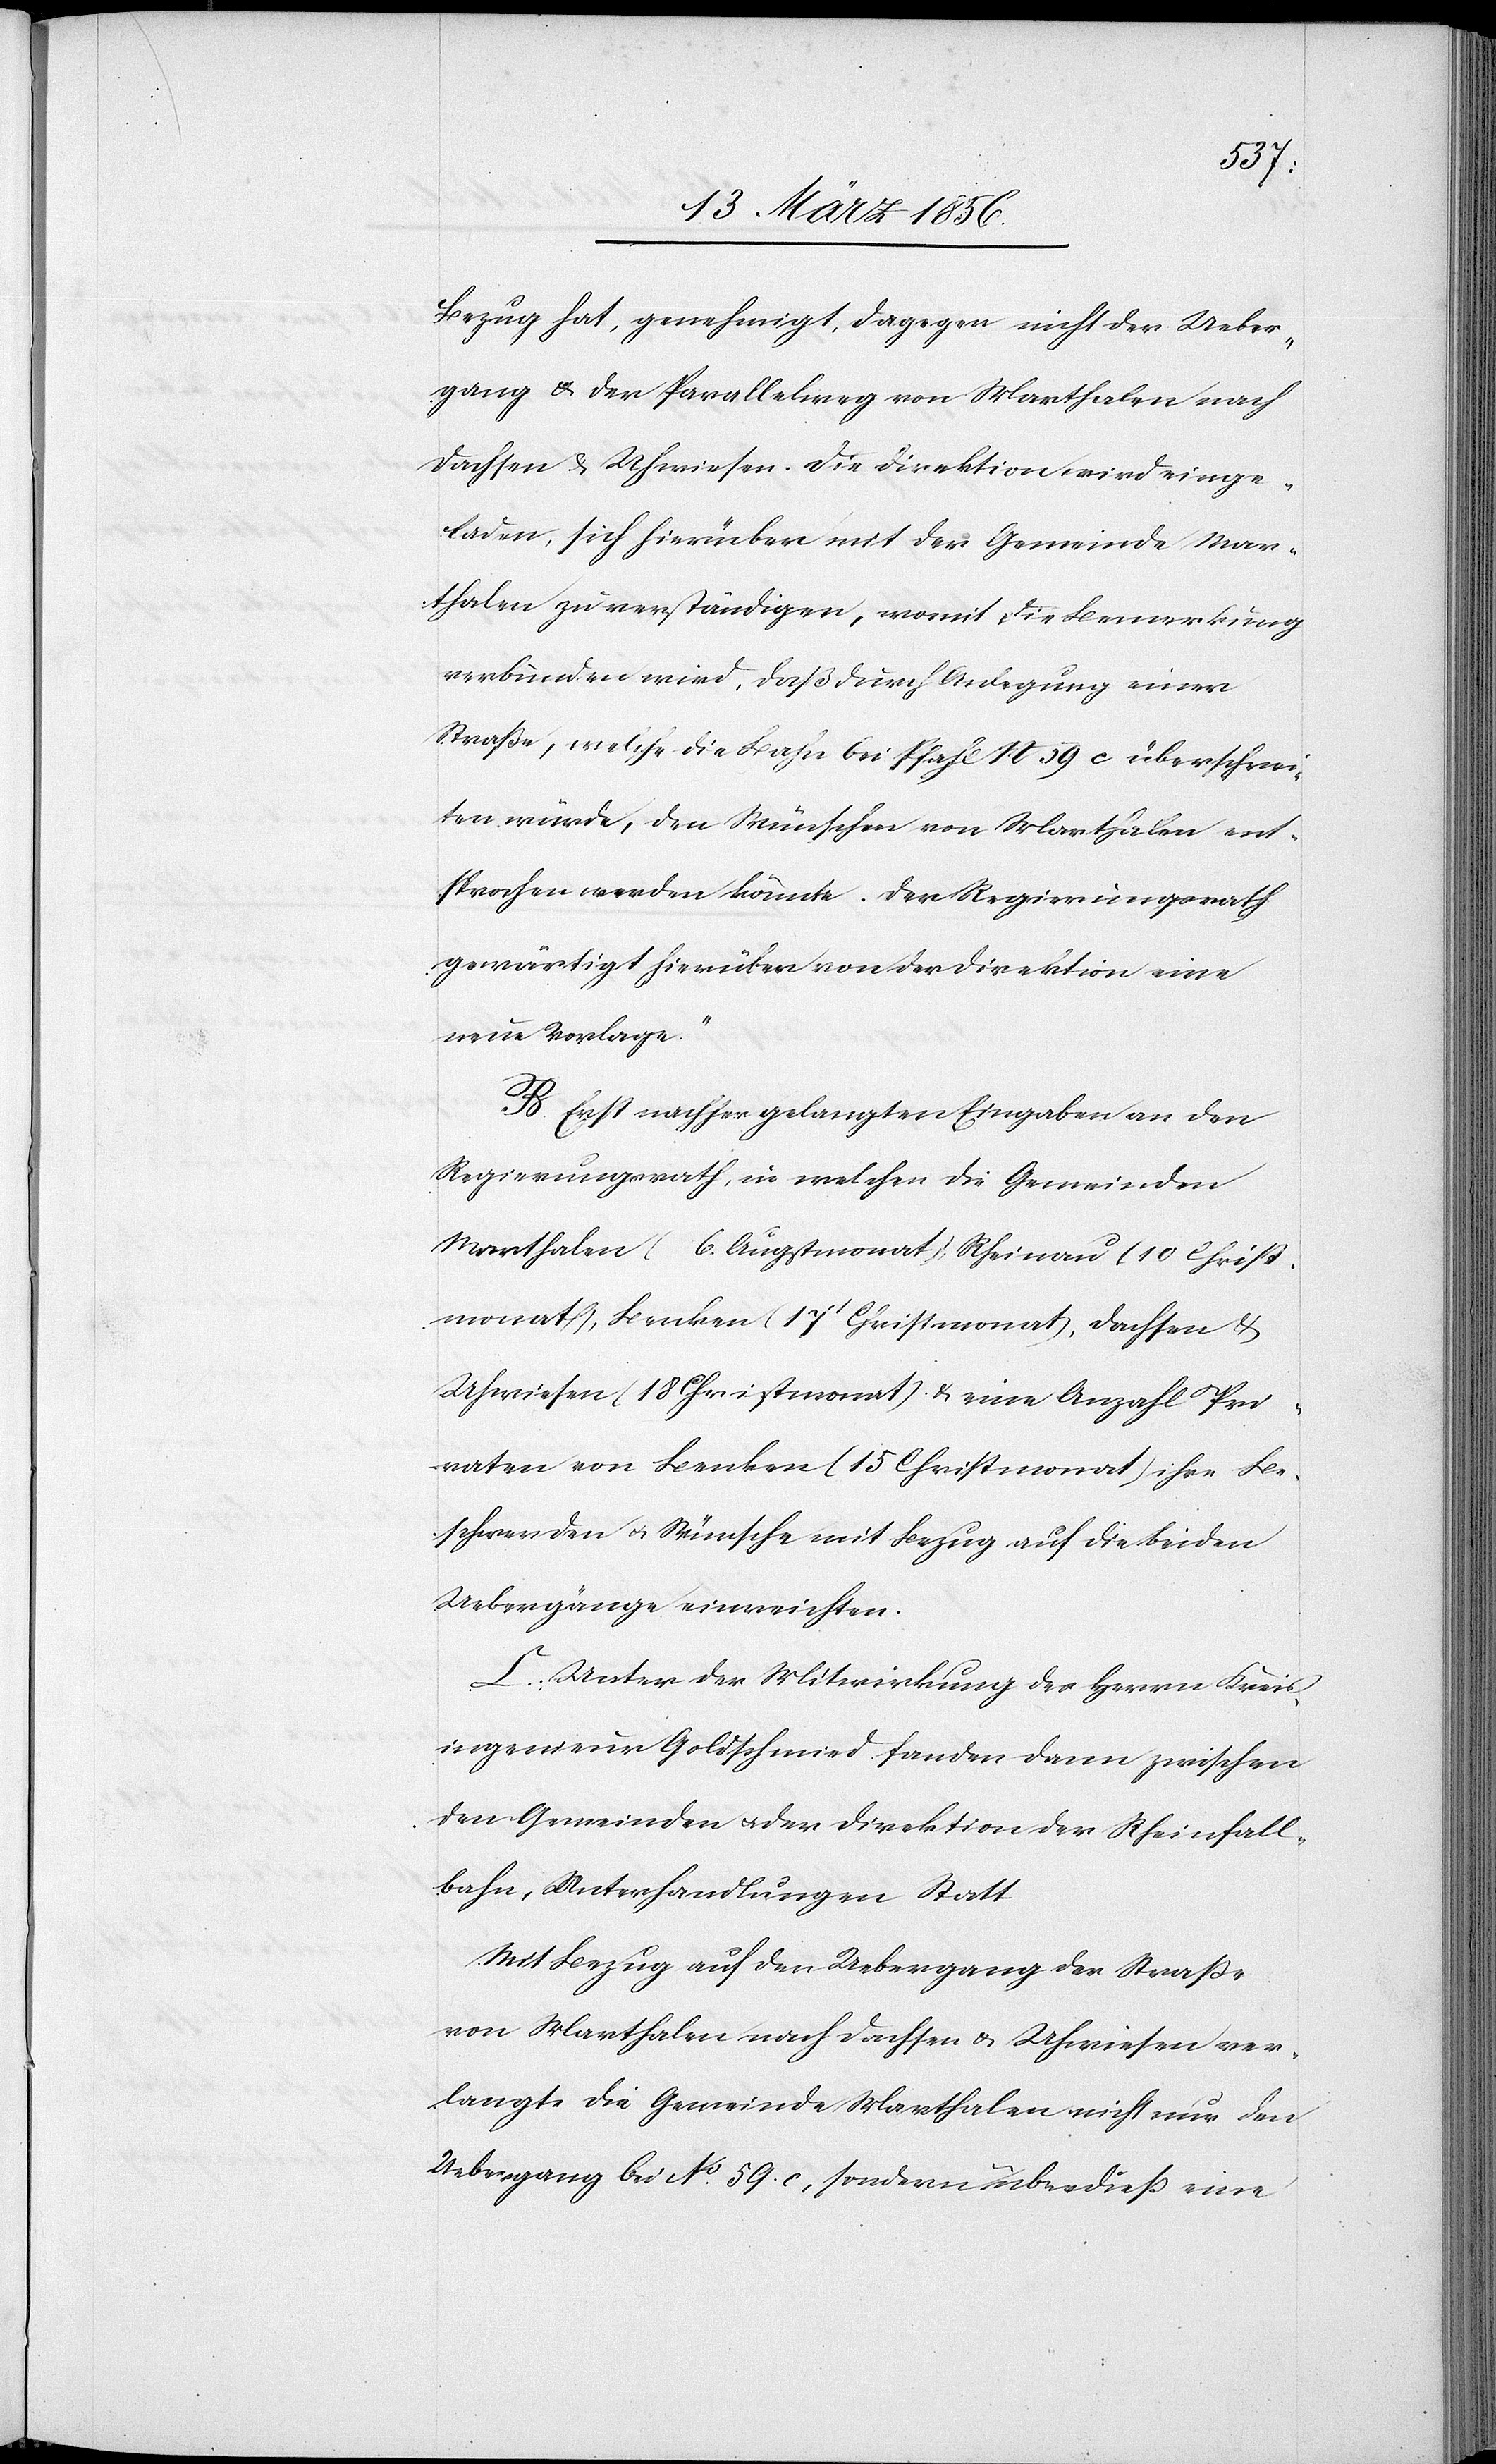
Bezug hat, genehmigt, dagegen nicht der Ueber¬
gang & der Parallelweg von Marthalen nach
Dachsen & Uhwiesen. Die Direktion wird einge¬
laden, sich hierüber mit der Gemeinde Mar¬
thalen zu verständigen, womit die Bemerkung
verbunden wird, daß durch Anlegung einer
Straße, welche die Bahn bei Pfahl N 59 c überschrei¬
ten würde, den Wünschen von Marthalen ent¬
sprochen werden könnte. Der Regierungsrath
gewärtigt hierüber von der Direktion eine
neue Vorlage.“
B. Erst nachher gelangten Eingaben an den
Regierungsrath, in welchen die Gemeinden
Marthalen (6. Augstmonat), Rheinau (10 Christ¬
monat), Benken (17t Christmonat), Dachsen &
Uhwiesen (18 Christmonat) & eine Anzahl Pri¬
vaten von Benken (15 Christmonat) ihre Be¬
schwerden u. Wünsche mit Bezug auf die beiden
Uebergänge einreichten.
C., Unter der Mitwirkung des Herrn Kreis¬
ingenieur Goldschmied fanden dann zwischen
den Gemeinden u. der Direktion der Rheinfall¬
bahn, Unterhandlungen Statt
Mit Bezug auf den Uebergang der Straße
von Marthalen nach Dachsen & Uhwiesen ver¬
langte die Gemeinde Marthalen nicht nur den
Uebergang bei No. 59. c., sondern überdieß eine